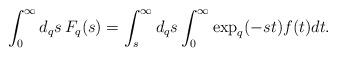
LaTeX: \begin{align*} \int_{0}^{\infty} d_{q} s \, F_{q}(s) = \int_{s}^{\infty} d_{q} s \int_{0}^{\infty} \exp_{q}(-st) f(t) dt. \end{align*}